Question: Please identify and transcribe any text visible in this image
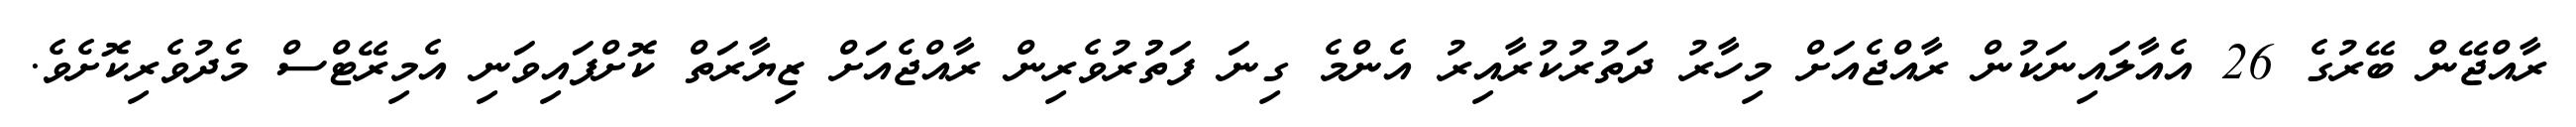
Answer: ރާއްޖޭން ބޭރުގެ 26 އެއާލައިނަކުން ރާއްޖެއަށް މިހާރު ދަތުރުކުރާއިރު އެންމެ ގިނަ ފަތުުރުވެރިން ރާއްޖެއަށް ޒިޔާރަތް ކޮށްފައިވަނި އެމިރޭޓްސް މެދުވެރިކޮށެވެ.